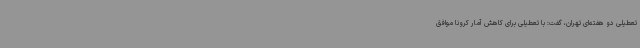
تعطیلی دو هفته‌ای تهران، گفت: با تعطیلی برای کاهش آمار کرونا موافق